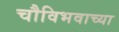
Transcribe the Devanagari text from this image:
चौविभवाच्या